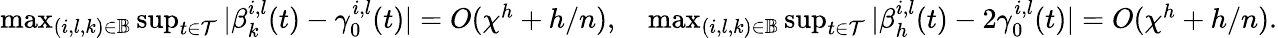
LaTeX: \begin{array}{r}{\operatorname*{max}_{(i,l,k)\in\mathbb{B}}\operatorname*{sup}_{t\in\mathcal{T}}|\beta_{k}^{i,l}(t)-\gamma_{0}^{i,l}(t)|=O(\chi^{h}+h/n),\quad\operatorname*{max}_{(i,l,k)\in\mathbb{B}}\operatorname*{sup}_{t\in\mathcal{T}}|\beta_{h}^{i,l}(t)-2\gamma_{0}^{i,l}(t)|=O(\chi^{h}+h/n).}\end{array}